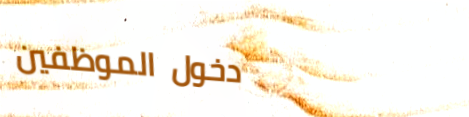
دخول الموظفين